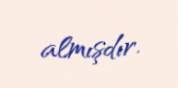
almışdır.